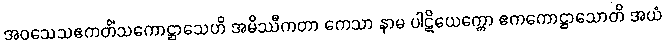
အဝသေသဧကတိံသကောဋ္ဌာသေဟိ အမိဿီကတာ ကေသာ နာမ ပါဋိယေက္ကော ဧကကောဋ္ဌာသောတိ အယံ